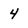
Character: 4